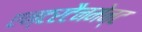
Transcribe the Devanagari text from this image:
एन्टरटैनमेन्ट